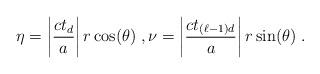
LaTeX: \begin{align*}\eta = \left| \frac{c t_d}{a} \right| r \cos(\theta) \;, \nu = \left| \frac{c t_{(\ell-1)d}}{a} \right| r \sin(\theta) \;.\end{align*}